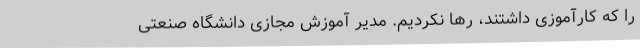
را که کارآموزی داشتند، رها نکردیم. مدیر آموزش مجازی دانشگاه صنعتی